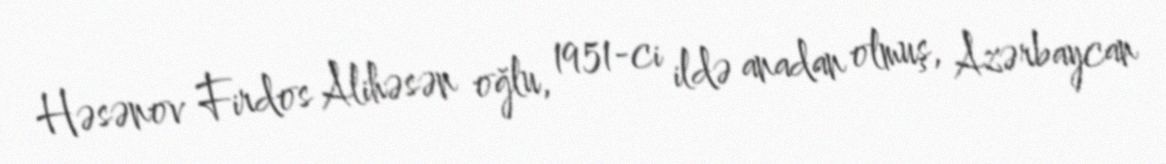
Həsənov Firdos Alihəsən oğlu, 1951-ci ildə anadan olmuş, Azərbaycan